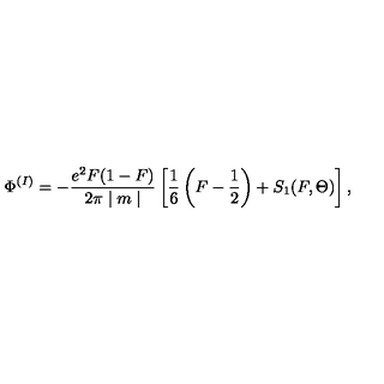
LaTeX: \Phi ^ { ( I ) } = - \frac { e ^ { 2 } F ( 1 - F ) } { 2 \pi \mid m \mid } \left[ \frac { 1 } { 6 } \left( F - \frac { 1 } { 2 } \right) + S _ { 1 } ( F , \Theta ) \right] ,